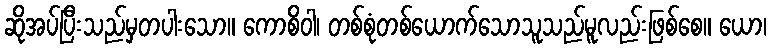
ဆိုအပ်ပြီးသည်မှတပါးသော။ ကောစိဝါ၊ တစ်စုံတစ်ယောက်သောသူသည်မူလည်းဖြစ်စေ။ ယော၊